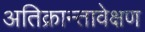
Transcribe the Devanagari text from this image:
अतिक्रान्तावेक्षण